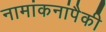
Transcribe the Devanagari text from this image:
नामांकनांपैकी